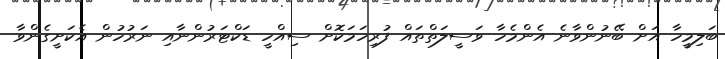
ބަލިމީހާ އަށް ބޭނުންވާނެ އެންމެހާ ވަސީލަތްތައް ފުރިހަމަކޮށް ސިއްހީ ޑަކްޓަރުންނާއި ނަރުހުން އެކަށީގެންވާ